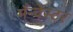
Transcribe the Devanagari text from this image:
मँन्चेस्टर